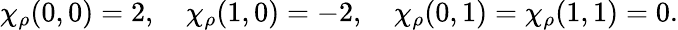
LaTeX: \chi_{\rho}(0,0)=2,\quad\chi_{\rho}(1,0)=-2,\quad\chi_{\rho}(0,1)=\chi_{\rho}(1,1)=0.